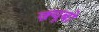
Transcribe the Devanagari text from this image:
क़्यूबो